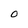
Character: 0